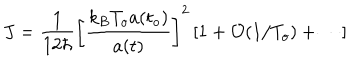
J = \frac { 1 } { 1 2 \hbar } \left[ \frac { k _ { B } T _ { o } a ( t _ { o } ) } { a ( t ) } \right] ^ { 2 } \left[ 1 + { \cal { O } } ( 1 / T _ { o } ) + \cdots \right]